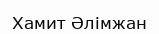
Хамит Әлімжан